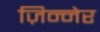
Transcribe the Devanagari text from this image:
ज़िन्नेर